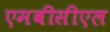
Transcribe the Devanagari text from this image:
एमबीसीएल